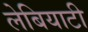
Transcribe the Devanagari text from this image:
लेबियाटी